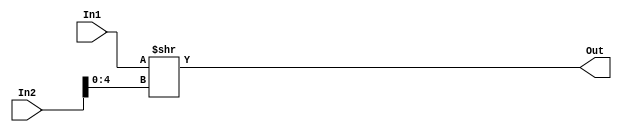
`timescale 1ns / 1ps
//////////////////////////////////////////////////////////////////////////////////
// Company: 
// 
// Design Name: 
// Module Name: And32
// Project Name: 
// Target Devices: 
// Tool Versions: 
// Description: 
// 
// Dependencies: 
// 
// Revision:
// Revision 0.01 - File Created
// Additional Comments:
// 
//////////////////////////////////////////////////////////////////////////////////

// RTL32
module RShifter32 (
        input wire [31:0] In1,
        input wire [31:0] In2,
        output wire [31:0] Out
    );

    wire [31:0] tmp;

    assign tmp = In1 >> In2[4:0];
    assign Out = tmp;

endmodule